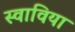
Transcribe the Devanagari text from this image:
स्वाविया